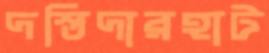
দস্তিদারহাট